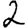
Digit: 2